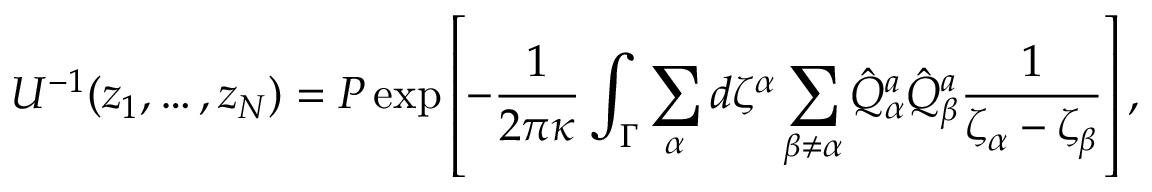
U ^ { - 1 } ( z _ { 1 } , \dots , z _ { N } ) = P \exp \left[ - { \frac { 1 } { 2 \pi \kappa } } \int _ { \Gamma } \sum _ { \alpha } d \zeta ^ { \alpha } \sum _ { \beta \not = \alpha } \hat { Q } _ { \alpha } ^ { a } \hat { Q } _ { \beta } ^ { a } { \frac { 1 } { \zeta _ { \alpha } - \zeta _ { \beta } } } \right] ,